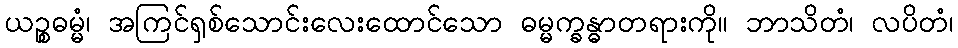
ယဉ္စဓမ္မံ၊ အကြင်ရှစ်သောင်းလေးထောင်သော ဓမ္မက္ခန္ဓာတရားကို။ ဘာသိတံ၊ လပိတံ၊